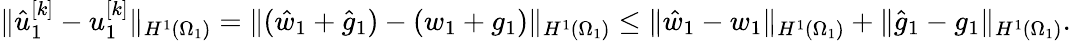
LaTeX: \lVert\hat{u}_{1}^{[k]}-u_{1}^{[k]}\rVert_{H^{1}(\Omega_{1})}=\lVert(\hat{w}_{1}+\hat{g}_{1})-(w_{1}+g_{1})\rVert_{H^{1}(\Omega_{1})}\leq\lVert\hat{w}_{1}-w_{1}\rVert_{H^{1}(\Omega_{1})}+\lVert\hat{g}_{1}-g_{1}\rVert_{H^{1}(\Omega_{1})}.